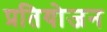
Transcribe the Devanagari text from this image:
प्रतियोजन